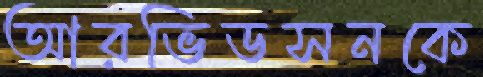
আরভিডসনকে